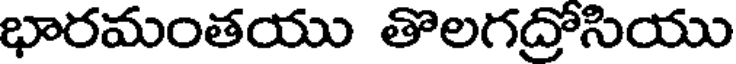
భారమంతయు తొలగద్రోసియు